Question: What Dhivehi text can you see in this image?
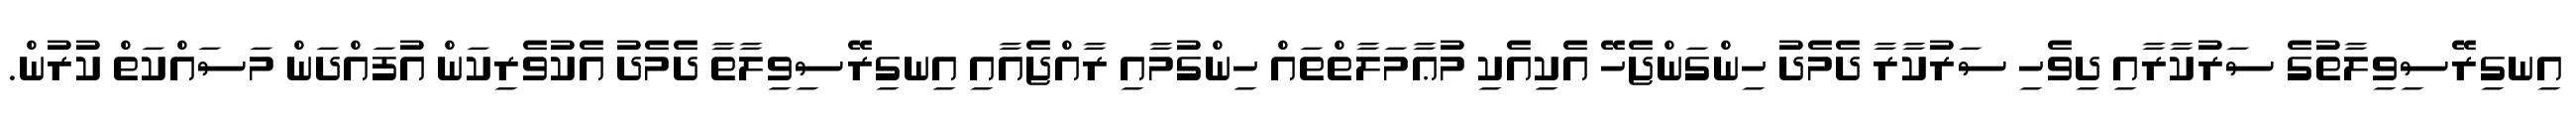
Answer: އިނގިރޭސިވިލާތުގެ ސަރުކާރާއި ދިވެހި ސަރުކާރާ ދެމެދު ހިންގަންޖެހޭ އެކިއެކި މުޢާމަލާތްތައް ހިންގުމާއި ރާއްޖެއާއި އިނގިރޭސިވިލާތާ ދެމެދު އެކުވެރިކަން އުފައްދަން މަސައްކަތް ކުރުން.